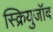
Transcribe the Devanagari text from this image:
स्क्रियुजॉब